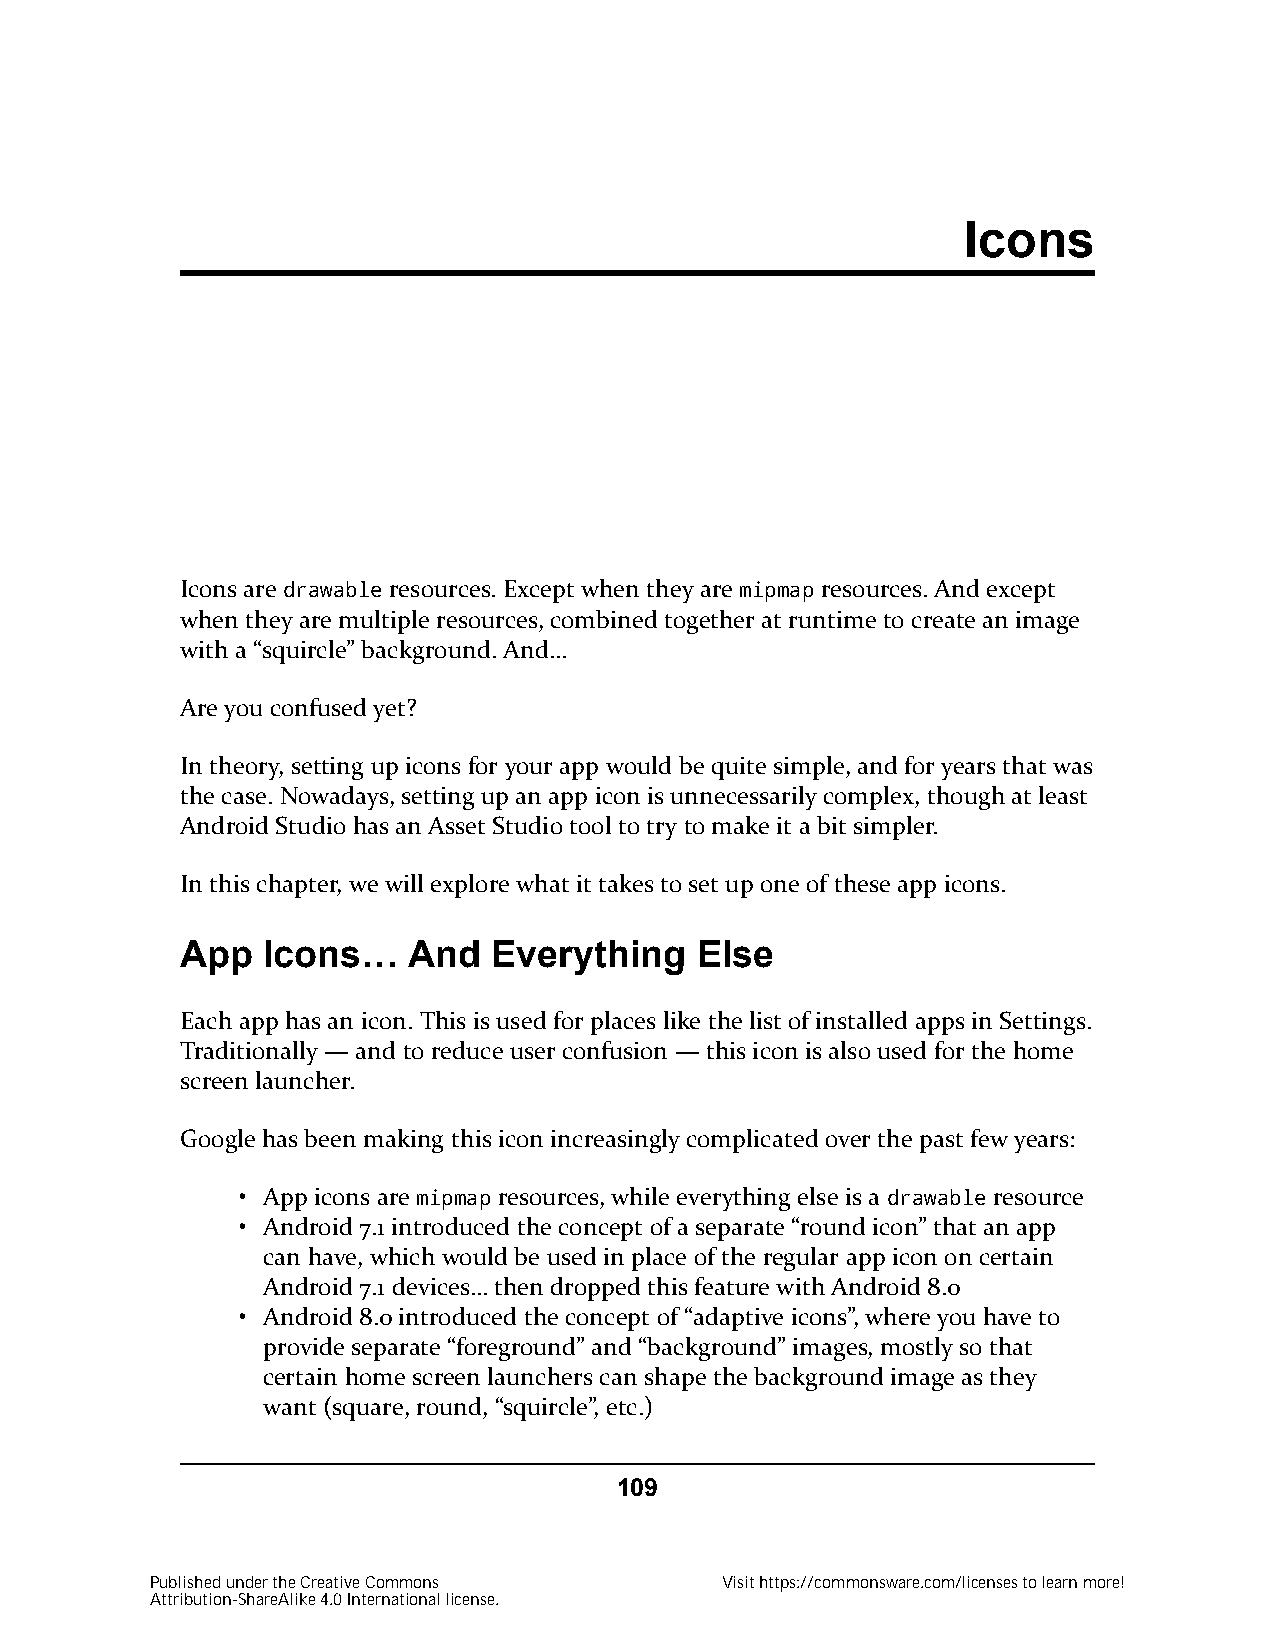
Icons
 Icons are drawable resources. Except when they are mipmap resources. And except
 when they are multiple resources, combined together at runtime to create an image
 with a “squircle” background. And…
 Are you confused yet?
 In theory, setting up icons for your app would be quite simple, and for years that was
 the case. Nowadays, setting up an app icon is unnecessarily complex, though at least
 Android Studio has an Asset Studio tool to try to make it a bit simpler.
 In this chapter, we will explore what it takes to set up one of these app icons.
 App  Icons…    And   Everything   Else
 Each app has an icon. This is used for places like the list of installed apps in Settings.
 Traditionally — and to reduce user confusion — this icon is also used for the home
 screen launcher.
 Google has been making this icon increasingly complicated over the past few years:
 • App icons are mipmap resources, while everything else is a drawable resource
 • Android 7.1 introduced the concept of a separate “round icon” that an app
 can have, which would be used in place of the regular app icon on certain
 Android 7.1 devices… then dropped this feature with Android 8.0
 • Android 8.0 introduced the concept of “adaptive icons”, where you have to
 provide separate “foreground” and “background” images, mostly so that
 certain home screen launchers can shape the background image as they
 want (square, round, “squircle”, etc.)
 109
 Published under the Creative Commons  Visit https://commonsware.com/licenses to learn more!
 Attribution-ShareAlike 4.0 International license.